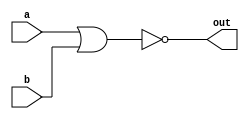
module top_module( 
    input a, 
    input b, 
    output out );
    assign out = ~(a|b);
    // Alternative implementation
    // assign out = !(a || b);
endmodule